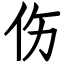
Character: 伤